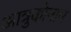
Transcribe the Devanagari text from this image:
आत्रुकोनाम